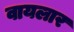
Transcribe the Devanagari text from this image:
वायलार